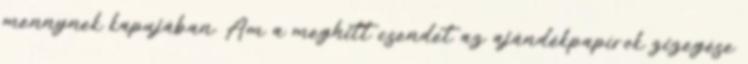
mennynek kapujában. Ám a meghitt csendet az ajándékpapírok zizegése